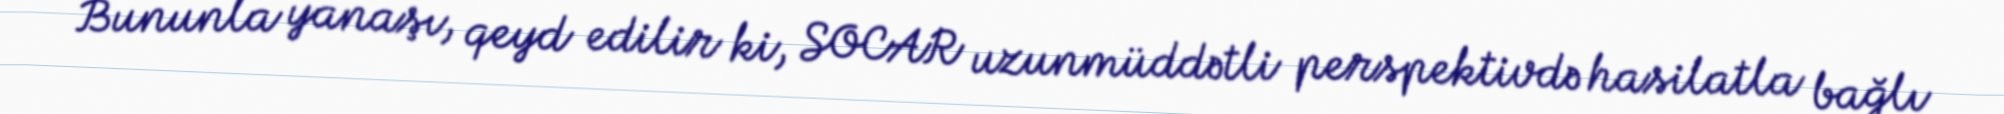
Bununla yanaşı, qeyd edilir ki, SOCAR uzunmüddətli perspektivdə hasilatla bağlı